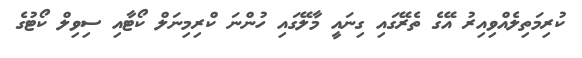
ކުރިމަތިލެއްވިއިރު އޭގެ ތެރޭގައި ގިނައީ މާލޭގައި ހުންނަ ކްރިމިނަލް ކޯޓާއި ސިވިލް ކޯޓުގެ